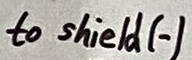
Text: to shield (-)